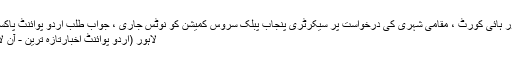
لاہور ہائی کورٹ ، مقامی شہری کی درخواست پر سیکرٹری پنجاب پبلک سروس کمیشن کو نوٹس جاری ، جواب طلب اُردو پوائنٹ پاکستان
لاہور (اُردو پوائنٹ اخبارتازہ ترین - آن لائن۔